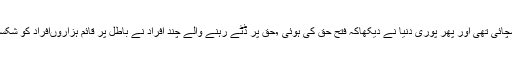
ایک بیان میں انہوں نے کہاکہ کربلا کے میدان میں ایک طرف باطل اور دوسری طرف حق و سچائی تھی اور پھر پوری دنیا نے دیکھاکہ فتح حق کی ہوئی ٬حق پر ڈٹے رہنے والے چند افراد نے باطل پر قائم ہزاروںافراد کو شکست دی ٬ کربلا میں باطل ہمیشہ کے لئے شکست کھا گیا اور حق کی ہمیشہ کے لئے جیت ہوئی۔